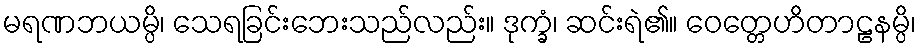
မရဏဘယမ္ပိ၊ သေရခြင်းဘေးသည်လည်း။ ဒုက္ခံ၊ ဆင်းရဲ၏။ ဝေတ္တေဟိတာဠနမ္ပိ၊